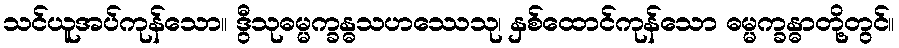
သင်ယူအပ်ကုန်သော။ ဒွီသုဓမ္မက္ခန္ဓသဟဿေသု၊ နှစ်ထောင်ကုန်သော ဓမ္မက္ခန္ဓာတို့တွင်။